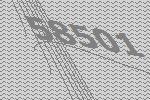
58501